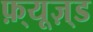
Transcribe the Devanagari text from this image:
फ़्यूज़्ड